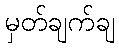
မှတ်ချက်ချ